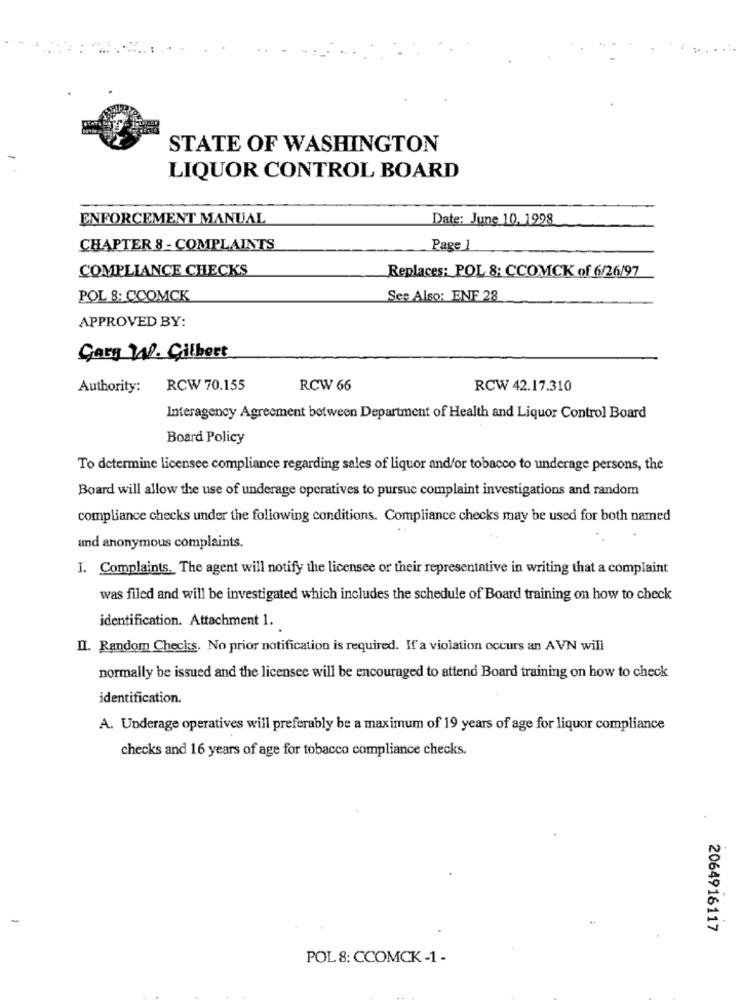
STATE OF WASHINGTON
LIQUOR CONTROL BOARD
ENFORCEMENT MANUAL
Date: June 10. 1998
CHAPTER 8 - COMPLAINTS
Page 1
COMPLIANCE CHECKS
Replaces: POL 8: CCOMCK of 6/26/97
POL 8: CCOMCK
See Also: ENF 28
APPROVED BY:
Gary W. Gilbert
Authority:
RCW 70.155
RCW 66
RCW 42.17.310
Interagency Agreement between Department of Health and Liquor Control Board
Board Policy
To determine licensee compliance regarding sales of liquor and/or tobacco to underage persons, the
Board will allow the use of underage operatives to pursue complaint investigations and random
compliance checks under the following conditions. Compliance checks may be used for both named
and anonymous complaints.
I. Complaints. The agent will notify the licensee or their representative in writing that a complaint
was filed and will be investigated which includes the schedule of Board training on how to check
identification. Attachment 1.
II. Random Checks. No prior notification is required. If a violation occurs an AVN will
normally be issued and the licensee will be encouraged to attend Board training on how to check
identification.
A. Underage operatives will preferably be a maximum of 19 years of age for liquor compliance
checks and 16 years of age for tobacco compliance checks.
2064916117
POL 8: CCOMCK -1 -